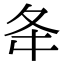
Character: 夅